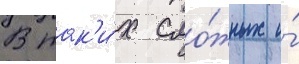
В так'и́х сло́жных и́